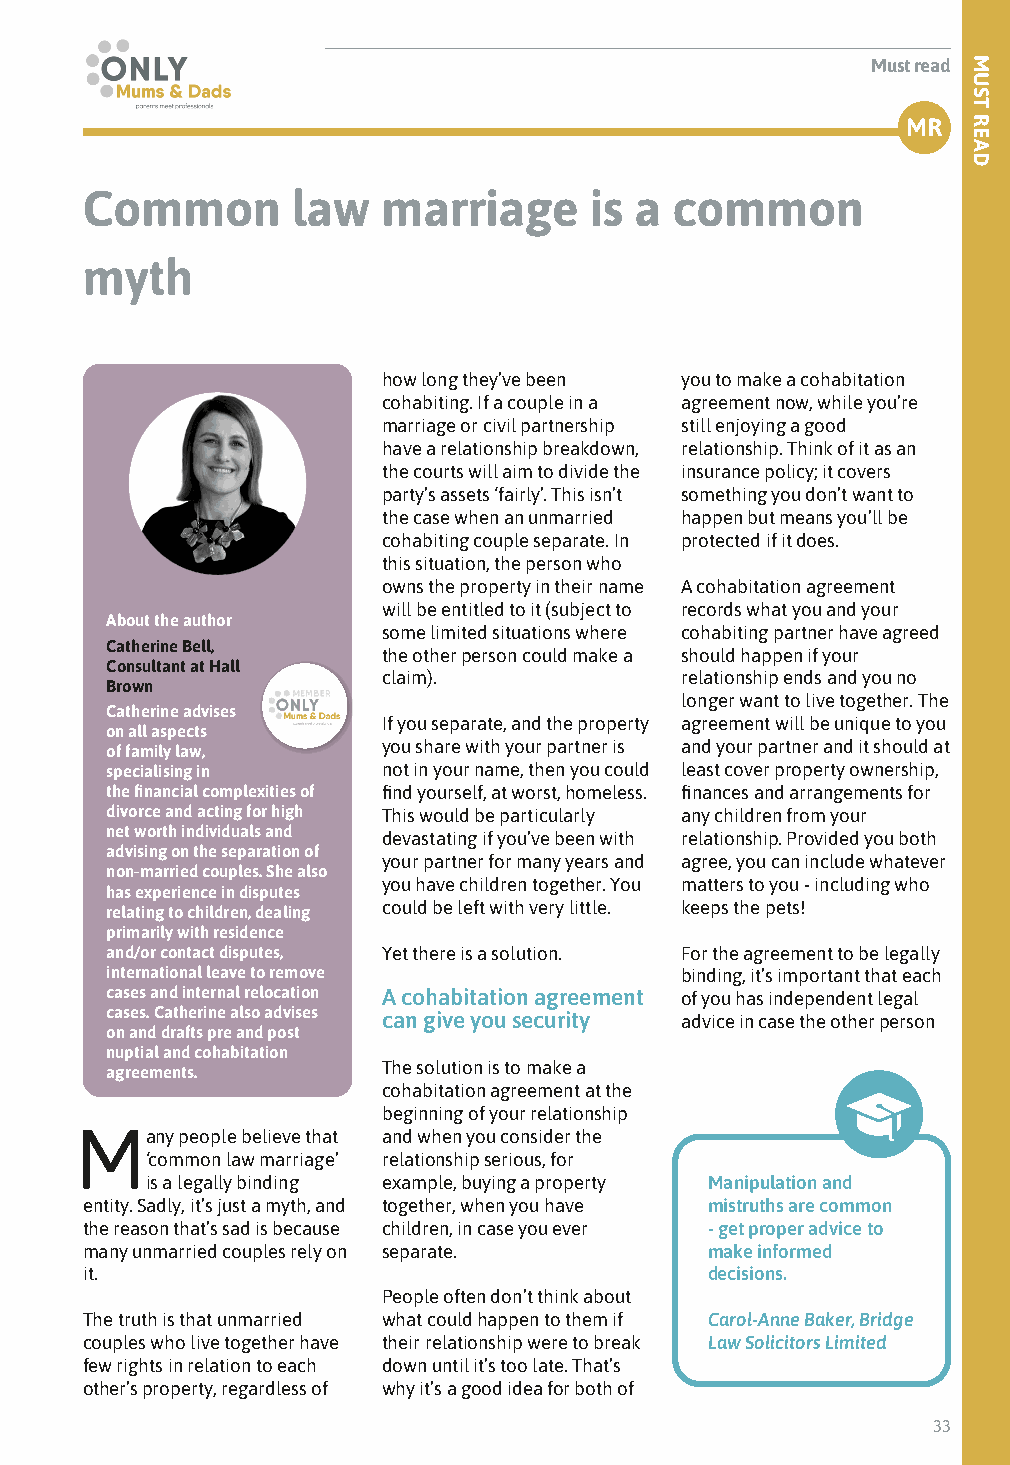
Must read
 MR
 Common        law   marriage      is a  common
 myth
 how long they’ve been you to make a cohabitation
 cohabiting. If a couple in a agreement now, while you’re
 marriage or civil partnership still enjoying a good
 have a relationship breakdown, relationship. Think of it as an
 the courts will aim to divide the insurance policy; it covers
 party’s assets ‘fairly’. This isn’t something you don’t want to
 the case when an unmarried happen but means you’ll be
 cohabiting couple separate. In protected if it does.
 this situation, the person who
 owns the property in their name A cohabitation agreement
 will be entitled to it (subject to records what you and your
 About the author
 some limited situations where cohabiting partner have agreed
 Catherine Bell,
 the other person could make a should happen if your
 Consultant at Hall
 claim).             relationship ends and you no
 Brown
 longer want to live together. The
 Catherine advises
 If you separate, and the property agreement will be unique to you
 on all aspects
 of family law,    you share with your partner is and your partner and it should at
 specialising in   not in your name, then you could least cover property ownership,
 the financial complexities of find yourself, at worst, homeless. finances and arrangements for
 divorce and acting for high This would be particularly any children from your
 net worth individuals and devastating if you’ve been with relationship. Provided you both
 advising on the separation of
 your partner for many years and agree, you can include whatever
 non-married couples. She also
 you have children together. You matters to you - including who
 has experience in disputes
 relating to children, dealing could be left with very little. keeps the pets!
 primarily with residence
 and/or contact disputes, Yet there is a solution. For the agreement to be legally
 international leave to remove         binding, it’s important that each
 cases and internal relocation A cohabitation agreement of you has independent legal
 cases. Catherine also advises can give you security advice in case the other person
 on and drafts pre and post
 nuptial and cohabitation
 agreements.       The solution is to make a
 cohabitation agreement at the
 beginning of your relationship
 Many   people believe that and when you consider the
 ‘common law marriage’ relationship serious, for
 is a legally binding example, buying a property Manipulation and
 entity. Sadly, it’s just a myth, and together, when you have mistruths are common
 the reason that’s sad is because children, in case you ever - get proper advice to
 many unmarried couples rely on separate.  make informed
 it.                                       decisions.
 People often don’t think about
 The truth is that unmarried what could happen to them if Carol-Anne Baker, Bridge
 couples who live together have their relationship were to break Law Solicitors Limited
 few rights in relation to each down until it’s too late. That’s
 other’s property, regardless of why it’s a good idea for both of
 33
 MUST
 READ